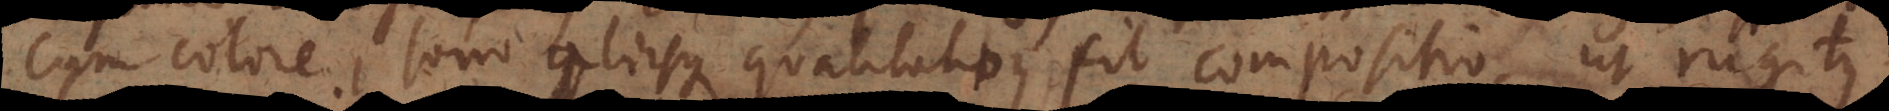
cum colore, sono aliisque qualitatibus fit compositio, ut rugitus,